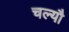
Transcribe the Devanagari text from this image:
चल्यौ